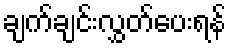
ချက်ချင်းလွှတ်ပေးရန်